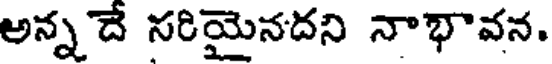
అన్న దే సరియైనదని నాభావన.